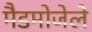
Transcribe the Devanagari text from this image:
मैडमोजेले